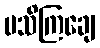
မသိကြချေ